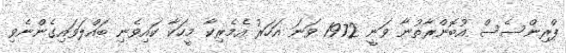
ޕްރިންސެސް އުބޮންރާތުނާ ވަނީ 1972 ވަނަ އަހަރު އެމެރިކާ މީހަކާ ކައިވެނި ބައްލަވައިގެންނެވި